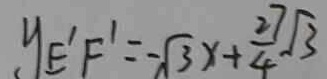
y _ { E ^ { \prime } F ^ { \prime } } = - \sqrt { 3 } x + \frac { 2 7 } { 4 } \sqrt { 3 }